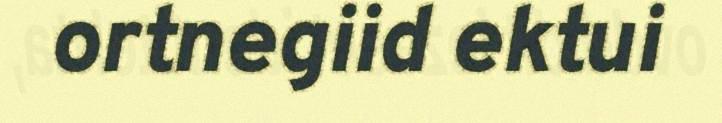
ortnegiid ektui